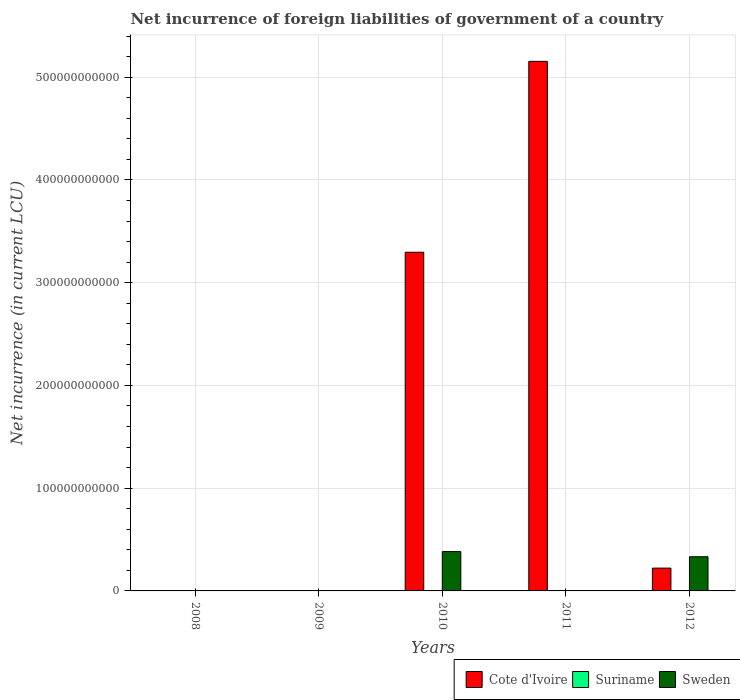
| Years | Cote d'Ivoire | Suriname | Sweden |
 | --- | --- | --- | --- |
 | 2008 | -1.41e+11 | 3.38e+07 | -7.98e+10 |
 | 2009 | -1.05e+11 | -1.63e+07 | -6.31e+09 |
 | 2010 | 3.3e+11 | 1.84e+08 | 3.83e+10 |
 | 2011 | 5.15e+11 | 4.14e+08 | -2.84e+10 |
 | 2012 | 2.22e+10 | 3.48e+08 | 3.32e+10 |